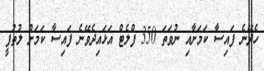
ހެދޭނެ ފައިސާ ކަމަށާއި ނުވަތަ 350 ފްލެޓް އަޅައިދެވޭނެ ފައިސާ ކަމަށް ލުތުފީ